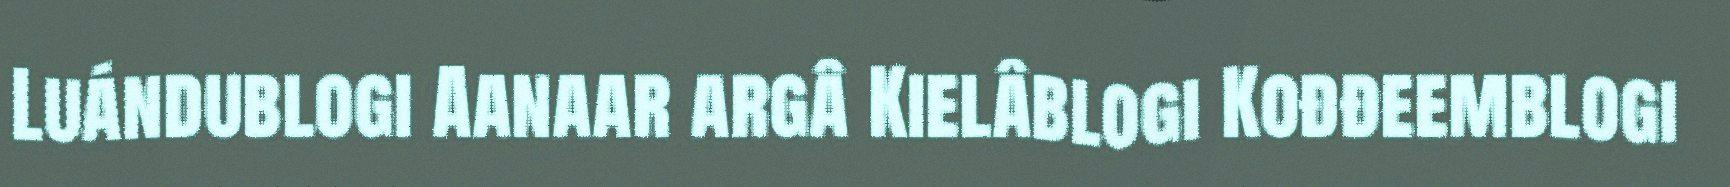
Luándublogi Aanaar argâ Kielâblogi Kođđeemblogi